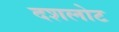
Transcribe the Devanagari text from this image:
दशलोट